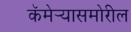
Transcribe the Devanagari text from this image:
कॅमेर्‍यासमोरील